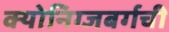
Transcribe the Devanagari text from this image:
क्योनिग्जबर्गची